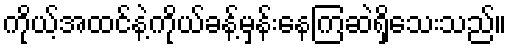
ကိုယ့်အထင်နဲ့ကိုယ်ခန့်မှန်းနေကြဆဲရှိသေးသည်။